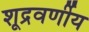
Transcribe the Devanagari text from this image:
शूद्रवर्णीय